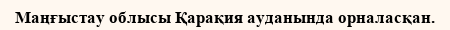
Маңғыстау облысы Қарақия ауданында орналасқан.